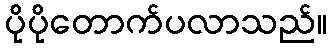
ပိုပိုတောက်ပလာသည်။